Vaccine operations Central Provinces 1886-1899 - 1886-1899
Year: 1886
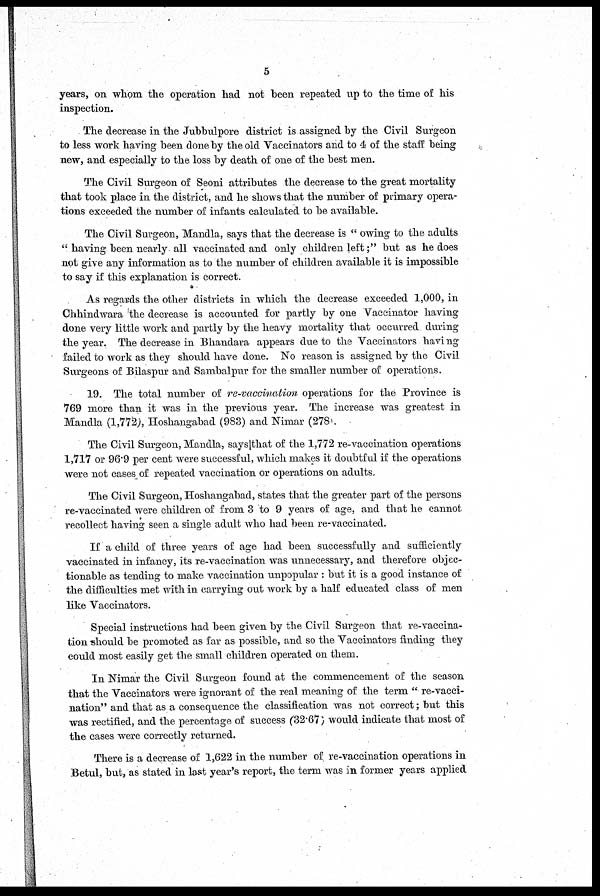
5
years, on whom the operation had not been repeated up to the time of his
inspection.
The decrease in the Jubbulpore district is assigned by the Civil Surgeon
to less work having been done by the old Vaccinators and to 4 of the staff being
new, and especially to the loss by death of one of the best men.
The Civil Surgeon of Seoni attributes the decrease to the great mortality
that took place in the district, and he shows that the number of primary opera-
tions exceeded the number of infants calculated to be available.
The Civil Surgeon, Mandla, says that the decrease is " owing to the adults
" having been nearly all vaccinated and only children left ;" but as he does
not give any information as to the number of children available it is impossible
to say if this explanation is correct.
As regards the other districts in which the decrease exceeded 1,000, in
Chhindwara the decrease is accounted for partly by one Vaccinator having
done very little work and partly by the heavy mortality that occurred during
the year. The decrease in Bhandara appears due to the Vaccinators having
failed to work as they should have done. No reason is assigned by the Civil
Surgeons of Bilaspur and Sambalpur for the smaller number of operations.
19. The total number of re-vaccination operations for the Province is
769 more than it was in the previous year. The increase was greatest in
Mandla (1,772), Hoshangabad (983) and Nimar (278).
The Civil Surgeon, Mandla, says that of the 1,772 re-vaccination operations
1,717 or 96.9 per cent were successful, which makes it doubtful if the operations
were not cases of repeated vaccination or operations on adults.
The Civil Surgeon, Hoshangabad, states that the greater part of the persons
re-vaccinated were children of from 3 to 9 years of age, and that he cannot
recollect having seen a single adult who had been re-vaccinated.
If a child of three years of age had been successfully and sufficiently
vaccinated in infancy, its re-vaccination was unnecessary, and therefore objec-
tionable as tending to make vaccination unpopular : but it is a good instance of
the difficulties met with in carrying out work by a half educated class of men
like Vaccinators.
Special instructions had been given by the Civil Surgeon that re-vaccina-
tion should be promoted as far as possible, and so the Vaccinators finding they
could most easily get the small children operated on them.
In Nimar the Civil Surgeon found at the commencement of the season
that the Vaccinators were ignorant of the real meaning of the term " re-vacci-
nation" and that as a consequence the classification was not correct ; but this
was rectified, and the percentage of success (32.67) would indicate that most of
the cases were correctly returned.
There is a decrease of 1,622 in the number of re-vaccination operations in
Betul, but, as stated in last year's report, the term was in former years applied